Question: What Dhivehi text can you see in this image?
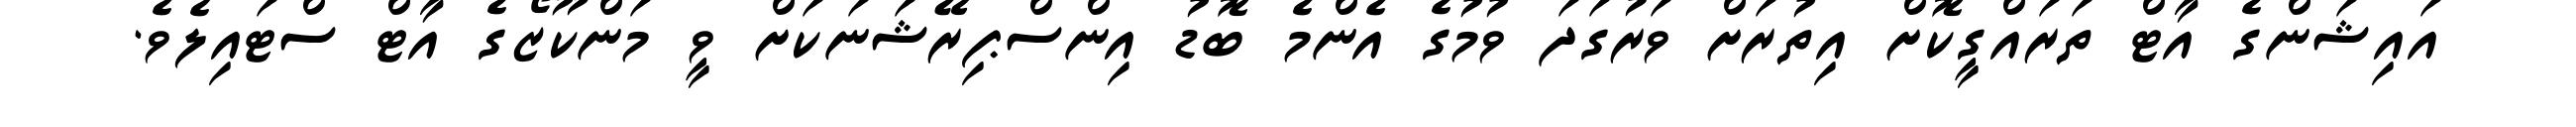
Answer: އައިޝަންގެ އާޓް ތަރައްގީކޮށް އިތުރަށް ވަރުގަދަ ވުމުގެ އެންމެ ބޮޑު އިންސްޕިރޭޝަނަކަށް ވީ މަންކޫޒޯގެ އާޓް ސްޓައިލެވެ.